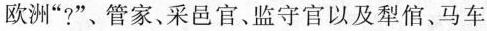
欧洲”?”、管家、采邑官、监守官以及犁信、马车